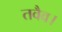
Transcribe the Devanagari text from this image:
तवैव।